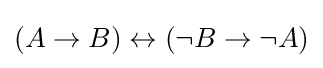
(A\to B)\leftrightarrow (\neg B\to \neg A)